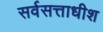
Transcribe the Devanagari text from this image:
सर्वसत्ताधीश